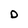
Character: D